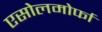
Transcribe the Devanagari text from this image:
एसोलमोर्फा